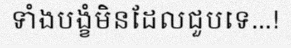
ទាំងបង្ខំមិនដែលជួបទេ...!